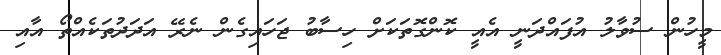
މީހުން ސުވާލު އުފައްދަނީ އެއީ ކޮންގޮތަކަށް ހިސާބު ޖަހައިގެން ނެރޭ އަދަދުތަކެއްތޯ އާއި